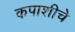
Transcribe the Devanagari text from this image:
कपाशीचे